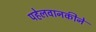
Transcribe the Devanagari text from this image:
पहेलवानकीने